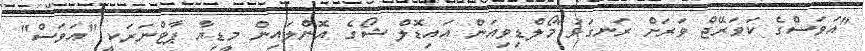
"އަވަސްގެ ކަވަރޭޖް ވަރަށް ރަނގަޅު"މޯލްޑިވިއަން އައިޑޮލް ޝޯގެ އޮންލައިން މީޑިޔާ ޕާޓްނަރަކީ "އަވަސް"